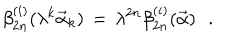
\beta _ { 2 n } ^ { ( i ) } ( \lambda ^ { k } { \vec { \alpha } } _ { k } ) \, = \, \lambda ^ { 2 n } \beta _ { 2 n } ^ { ( i ) } ( { \vec { \alpha } } ) \, \, \, \, .